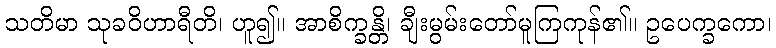
သတိမာ သုခဝိဟာရီတိ၊ ဟူ၍။ အာစိက္ခန္တိ၊ ချီးမွမ်းတော်မူကြကုန်၏။ ဥပေက္ခကော၊